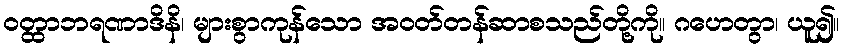
ဝတ္ထာဘရဏာဒိနိ၊ များစွာကုန်သော အဝတ်တန်ဆာစသည်တို့ကို။ ဂဟေတွာ၊ ယူ၍။